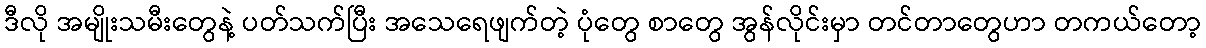
ဒီလို အမျိုးသမီးတွေနဲ့ ပတ်သက်ပြီး အသေရေဖျက်တဲ့ ပုံတွေ စာတွေ အွန်လိုင်းမှာ တင်တာတွေဟာ တကယ်တော့